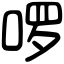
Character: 啰